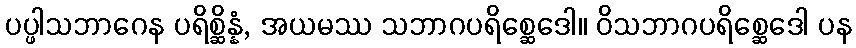
ပပ္ဖါသဘာဂေန ပရိစ္ဆိန္နံ, အယမဿ သဘာဂပရိစ္ဆေဒေါ။ ဝိသဘာဂပရိစ္ဆေဒေါ ပန